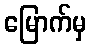
မြောက်မှ